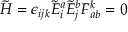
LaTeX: { \tilde { H } } = \epsilon _ { i j k } { \tilde { E } } _ { i } ^ { a } { \tilde { E } } _ { j } ^ { b } F _ { a b } ^ { k } = 0